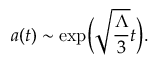
a ( t ) \sim \exp \biggl ( \sqrt { \frac { \Lambda } { 3 } } t \biggr ) .